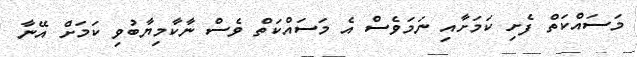
މަސައްކަތް ފެށި ކަމަށާއި ނަމަވެސް އެ މަސައްކަތް ވެސް ނާކާމިޔާބުވި ކަމަށް އޭނާ